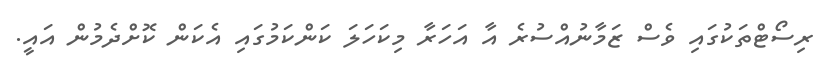
ރިސޯޓްތަކުގައި ވެސް ޒަމާނުއްސުރެ އާ އަހަރާ މިކަހަލަ ކަންކަމުގައި އެކަން ކޮށްދެމުން އައީ.